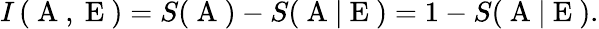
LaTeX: I\left(\mathrm{~A~},\mathrm{~E~}\right)=S(\mathrm{~A~})-S(\mathrm{~A~}|\mathrm{~E~})=1-S(\mathrm{~A~}|\mathrm{~E~}).